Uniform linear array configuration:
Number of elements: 32
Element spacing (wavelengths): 0.5
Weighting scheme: blackman
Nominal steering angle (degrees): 0
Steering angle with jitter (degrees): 1.333
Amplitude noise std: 0.05
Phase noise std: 0.05

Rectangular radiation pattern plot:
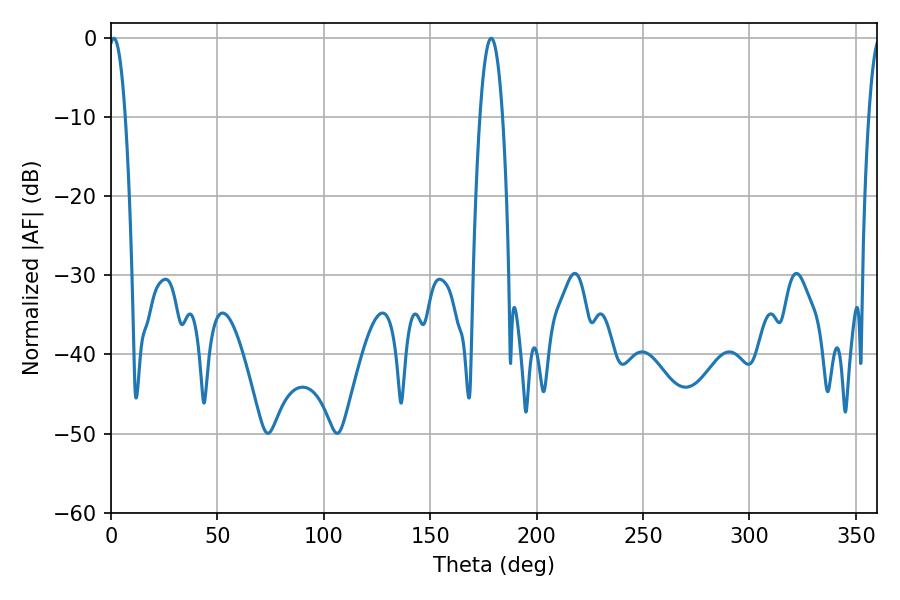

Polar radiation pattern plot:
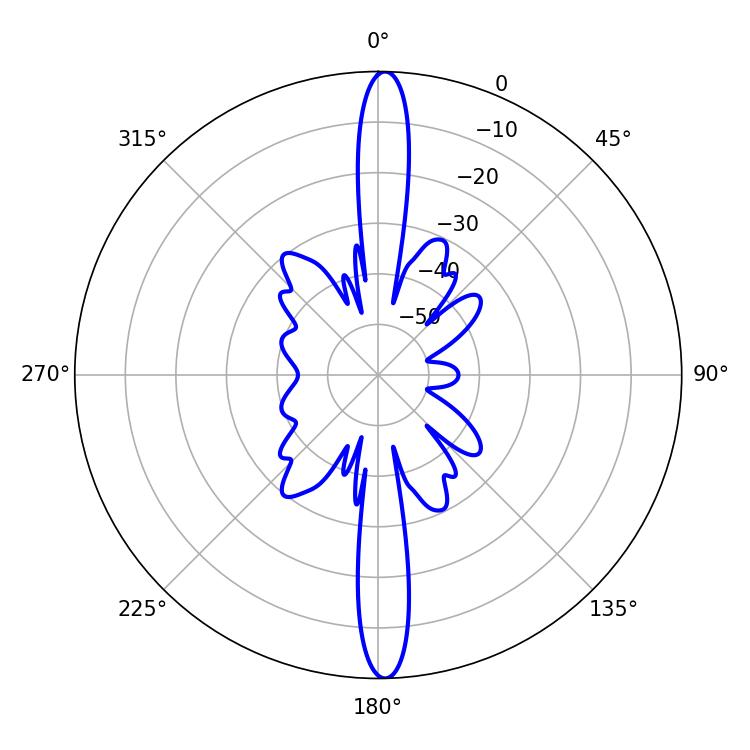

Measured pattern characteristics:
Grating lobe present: FALSE
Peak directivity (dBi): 25.925
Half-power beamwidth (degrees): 4.32
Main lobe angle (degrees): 1.26